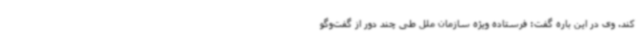
کند. وی در این باره گفت: فرستاده ویژه سازمان ملل طی چند دور از گفت‌وگو